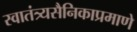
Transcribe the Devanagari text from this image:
स्वातंत्र्यसैनिकाप्रमाणे